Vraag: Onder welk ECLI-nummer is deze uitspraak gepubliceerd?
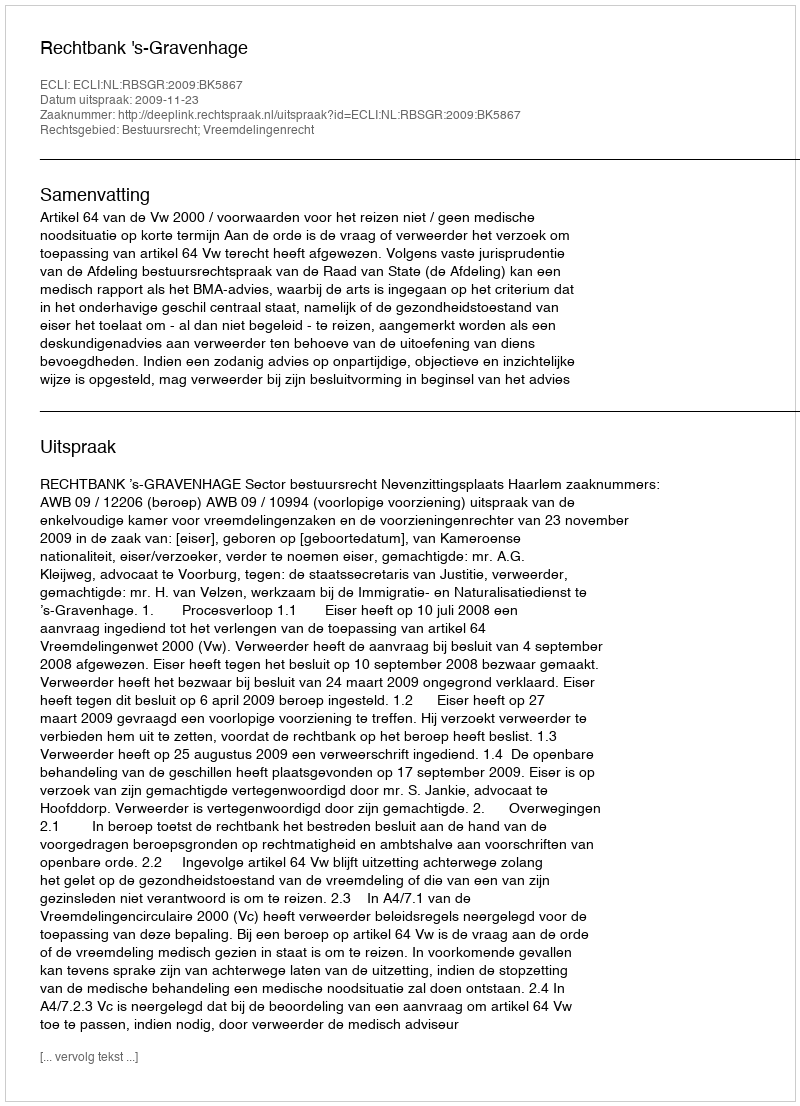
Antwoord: ECLI:NL:RBSGR:2009:BK5867